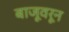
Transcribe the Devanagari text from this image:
बाजूवरून